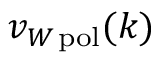
v _ { W \, \mathrm { p o l } } ( k )